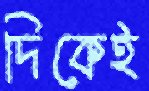
দিকেই